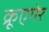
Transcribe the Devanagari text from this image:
क्रूएगेर